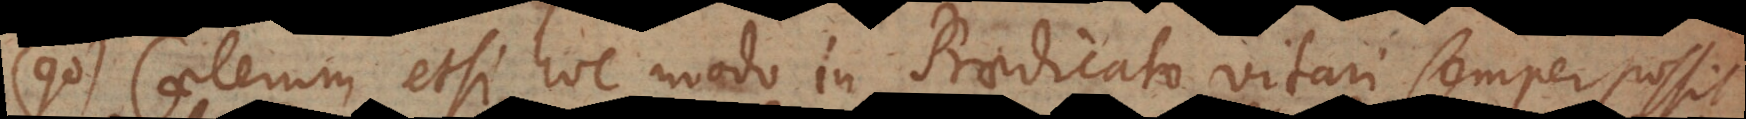
90) Caeterum etsi hoc modo in Praedicato vitari semper possit